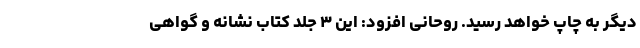
دیگر به چاپ خواهد رسید. روحانی افزود: این ۳ جلد کتاب نشانه و گواهی